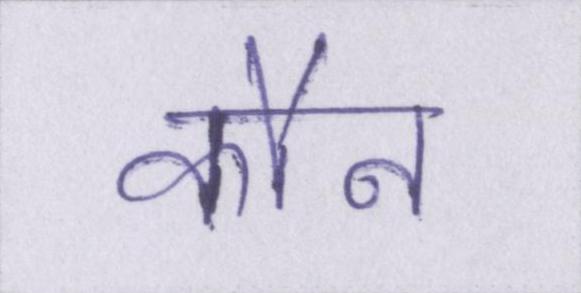
कौन